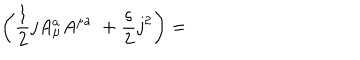
\left( \frac { 1 } { 2 } j A _ { \mu } ^ { a } A ^ { \mu a } \; + \frac { \varsigma } { 2 } j ^ { 2 } \right) =